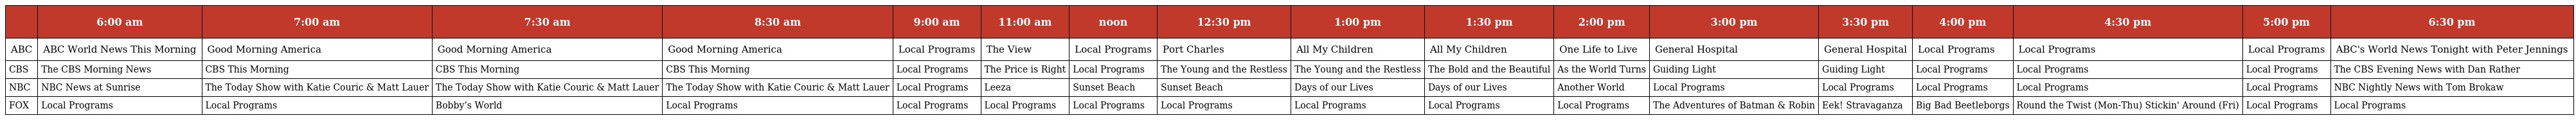
|  | 6:00 am | 7:00 am | 7:30 am | 8:30 am | 9:00 am | 11:00 am | noon | 12:30 pm | 1:00 pm | 1:30 pm | 2:00 pm | 3:00 pm | 3:30 pm | 4:00 pm | 4:30 pm | 5:00 pm | 6:30 pm |
 | --- | --- | --- | --- | --- | --- | --- | --- | --- | --- | --- | --- | --- | --- | --- | --- | --- | --- |
 | ABC | ABC World News This Morning | Good Morning America | Good Morning America | Good Morning America | Local Programs | The View | Local Programs | Port Charles | All My Children | All My Children | One Life to Live | General Hospital | General Hospital | Local Programs | Local Programs | Local Programs | ABC's World News Tonight with Peter Jennings |
 | CBS | The CBS Morning News | CBS This Morning | CBS This Morning | CBS This Morning | Local Programs | The Price is Right | Local Programs | The Young and the Restless | The Young and the Restless | The Bold and the Beautiful | As the World Turns | Guiding Light | Guiding Light | Local Programs | Local Programs | Local Programs | The CBS Evening News with Dan Rather |
 | NBC | NBC News at Sunrise | The Today Show with Katie Couric & Matt Lauer | The Today Show with Katie Couric & Matt Lauer | The Today Show with Katie Couric & Matt Lauer | Local Programs | Leeza | Sunset Beach | Sunset Beach | Days of our Lives | Days of our Lives | Another World | Local Programs | Local Programs | Local Programs | Local Programs | Local Programs | NBC Nightly News with Tom Brokaw |
 | FOX | Local Programs | Local Programs | Bobby’s World | Local Programs | Local Programs | Local Programs | Local Programs | Local Programs | Local Programs | Local Programs | Local Programs | The Adventures of Batman & Robin | Eek! Stravaganza | Big Bad Beetleborgs | Round the Twist (Mon-Thu) Stickin' Around (Fri) | Local Programs | Local Programs |